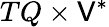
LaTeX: TQ\times\mathsf{V}^{*}